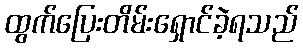
ထွက်ပြေးတိမ်းရှောင်ခဲ့ရသည်